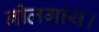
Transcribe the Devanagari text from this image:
नीलगाय।